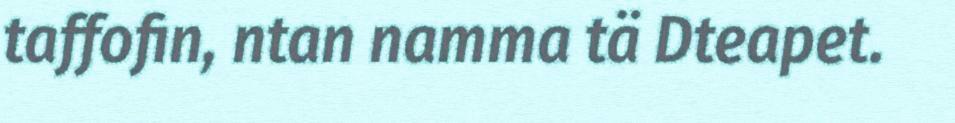
taffofin, ntan namma tä Dteapet.